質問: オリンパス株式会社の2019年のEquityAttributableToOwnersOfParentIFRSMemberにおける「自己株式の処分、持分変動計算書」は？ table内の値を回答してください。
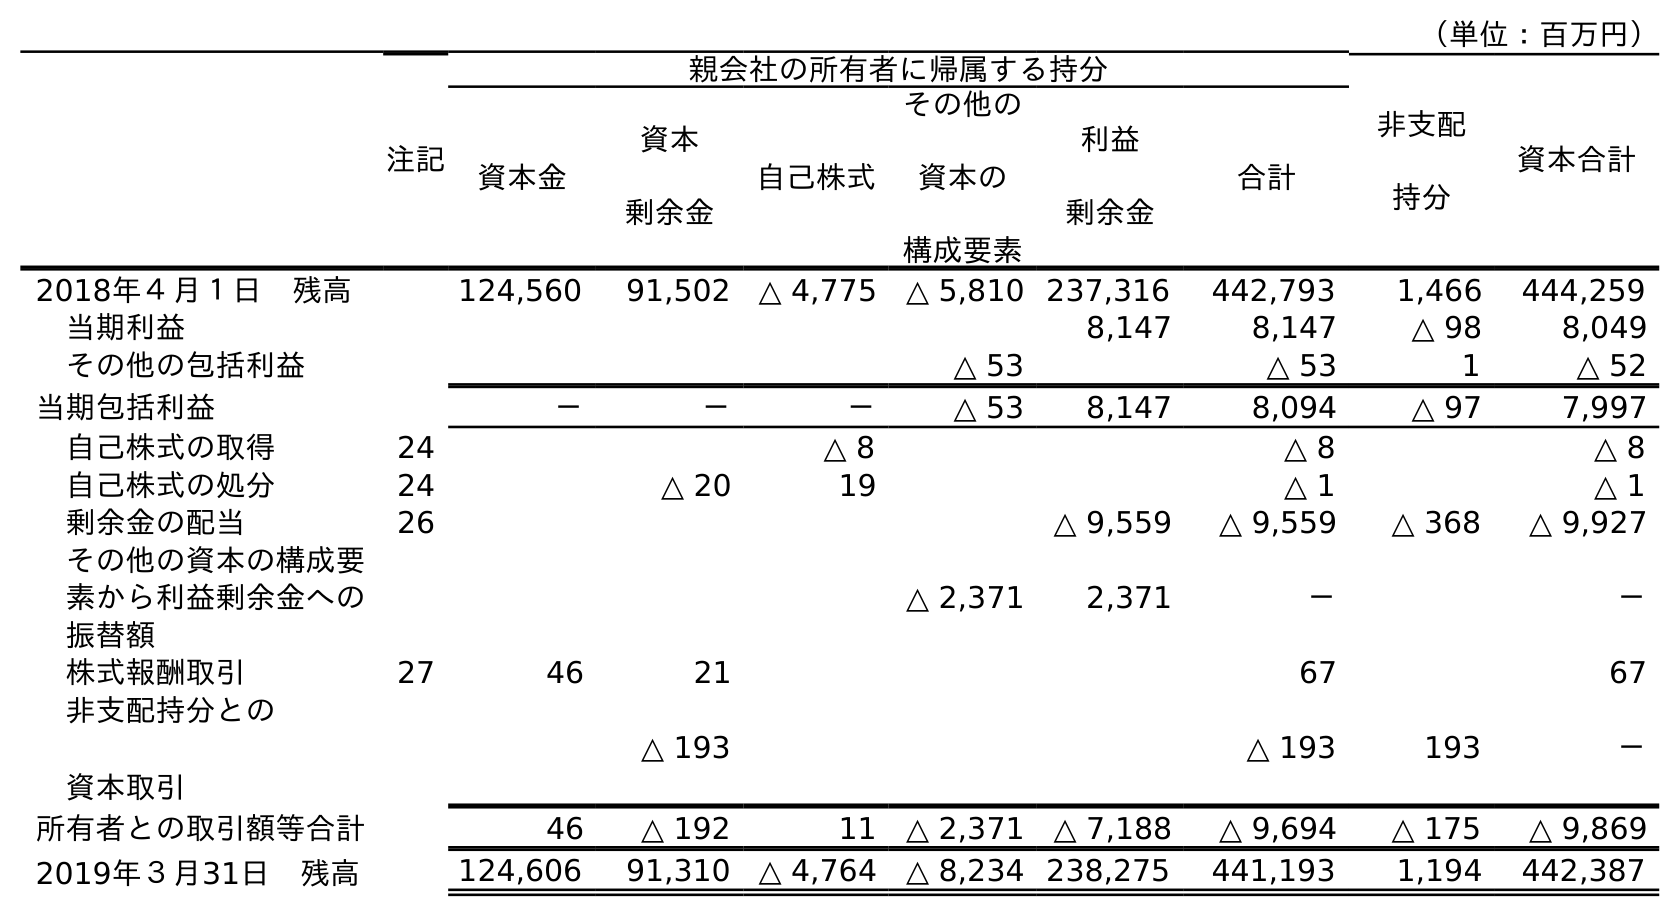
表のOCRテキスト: （単位：百万円） 注記 親会社の所有者に帰属する持分 非支配 持分 資本合計 資本金 資本 剰余金 自己株式 その他の 資本の 構成要素 利益 剰余金 合計 2018年４月１日 残高 124,560 91,502 △ 4,775 △ 5,810 237,316 442,793 1,466 444,259 当期利益 8,147 8,147 △ 98 8,049 その他の包括利益 △ 53 △ 53 1 △ 52 当期包括利益 － － － △ 53 8,147 8,094 △ 97 7,997 自己株式の取得 24 △ 8 △ 8 △ 8 自己株式の処分 24 △ 20 19 △ 1 △ 1 剰余金の配当 26 △ 9,559 △ 9,559 △ 368 △ 9,927 その他の資本の構成要 素から利益剰余金への 振替額 △ 2,371 2,371 － － 株式報酬取引 27 46 21 67 67 非支配持分との 資本取引 △ 193 △ 193 193 － 所有者との取引額等合計 46 △ 192 11 △ 2,371 △ 7,188 △ 9,694 △ 175 △ 9,869 2019年３月31日 残高 124,606 91,310 △ 4,764 △ 8,234 238,275 441,193 1,194 442,387
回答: △1